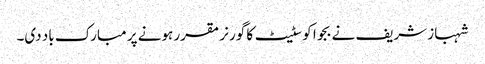
شہباز شریف نے بجوا کو سٹیٹ کا گورنر مقرر ہونے پر مبارک باد دی۔